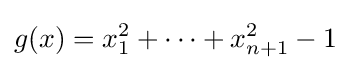
g(x)=x_{1}^{2}+\cdots +x_{n+1}^{2}-1